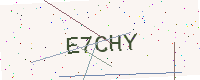
Text: E7CHY